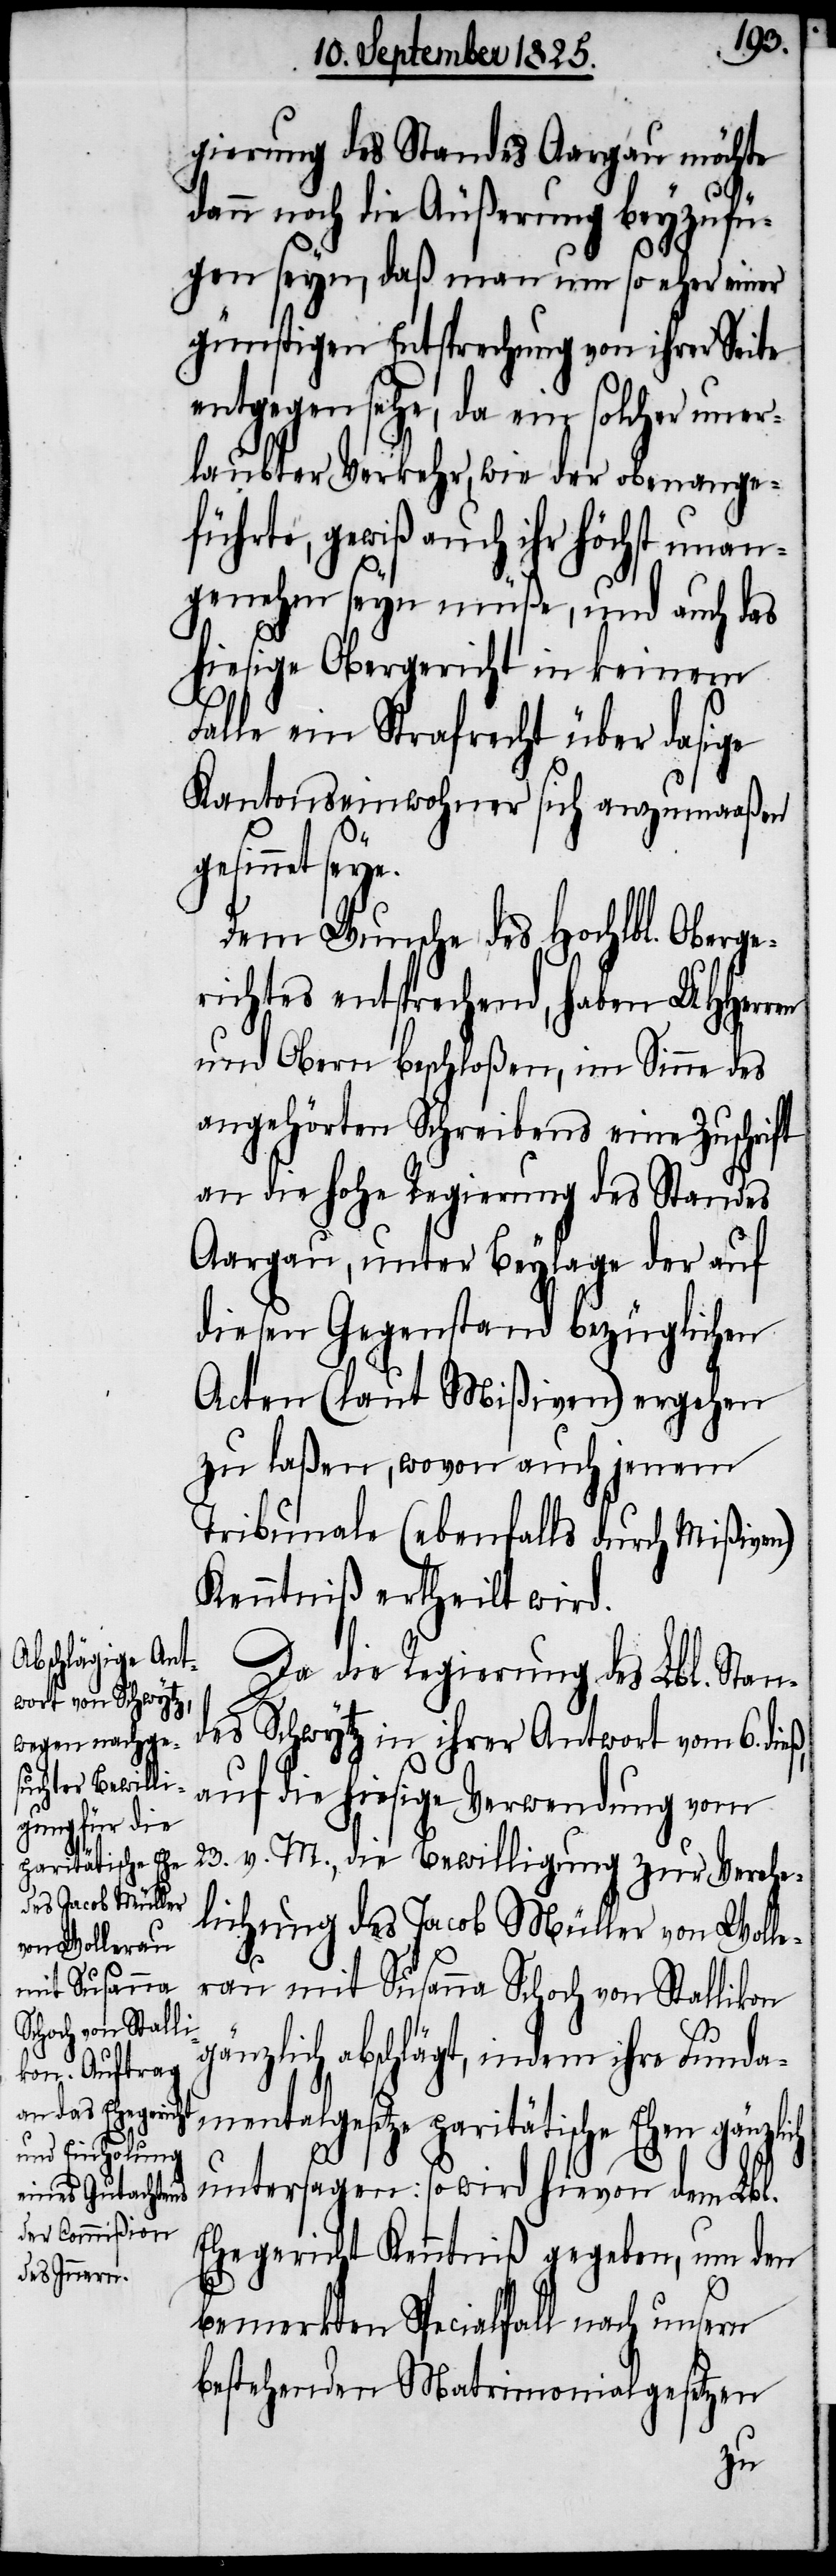
paritätische Ehen

gierung des Standes Aargau möchte
dann noch die Äußerung beyzufü¬
gen seyn, daß man um so eher einer
günstigen Entsprechung von ihrer Seite
entgegen sehe, da ein solcher uner¬
laubter Verkehr, wie der obenange¬
führte, gewiß auch ihr höchst unan¬
genehm seyn müße, und auch das
hiesige Obergericht in keinem
Falle ein Strafrecht über dasige
Kantonseinwohner sich anzumaaßen
entalgesetze
Dem Wunsche des Hochlbl. Oberge¬
richtes entsprechend, haben UHHerren
und Obern beschloßen, im Sinne des
angehörten Schreibens eine Zuschrift
an die hohe Regierung des Standes
Aargau, unter Beylage der auf
diesen Gegenstand bezüglichen
Acten (laut Mißiven) ergehen
zu laßen, wovon auch jenem
Tribunal (ebenfalls durch Mißiven)
Kenntniß ertheilt wird.
Da die Regierung des Lbl. Stand¬
es Schwytz in ihrer Antwort vom 6. die¬
auf die hiesige Verwendung vom
23. v. M., die Bewilligung zur Verehe¬
lichung des Jacob Müller von Wolle¬
rau mit Susanna Schoch von Stallikon
ß,
gänzlich abschlägt, indem ihre Fundam¬
untersagen: so wird hievon dem Lbl.
Ehegericht Kenntniß gegeben, um den
bemerkten Specialfall nach unsern
bestehenden Matrimonialgesetzen